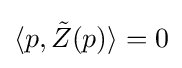
\langle p,{\tilde {Z}}(p)\rangle =0